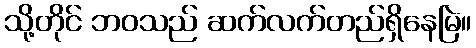
သို့တိုင် ဘဝသည် ဆက်လက်တည်ရှိနေမြဲ။